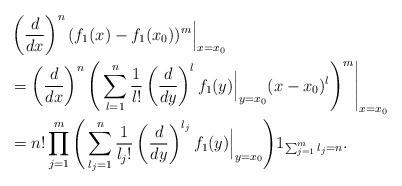
LaTeX: \begin{align*}&\left(\frac{d}{d x}\right)^{n}(f_1(x)-f_1(x_0))^m\Big|_{x=x_0}\\&=\left(\frac{d}{d x}\right)^{n}\Bigg(\sum_{l=1}^n\frac{1}{l!}\left(\frac{d}{d y}\right)^{l}f_1(y)\Big|_{y=x_0}(x-x_0)^l\Bigg)^m\Bigg|_{x=x_0}\\&=n!\prod_{j=1}^m\Bigg(\sum_{l_j=1}^n\frac{1}{l_j!}\left(\frac{d}{d y}\right)^{l_j}f_1(y)\Big|_{y=x_0}\Bigg)1_{\sum_{j=1}^ml_j=n}.\end{align*}